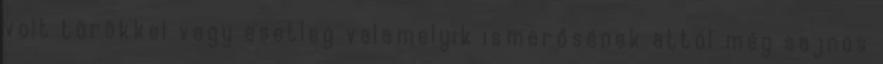
volt törökkel vagy esetleg valamelyik ismerősének attól még sajnos